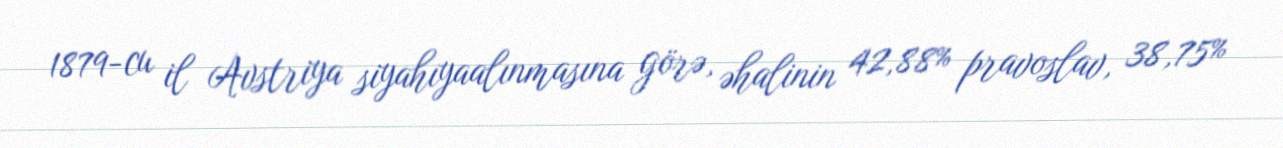
1879-cu il Avstriya siyahıyaalınmasına görə, əhalinin 42,88% pravoslav, 38,75%